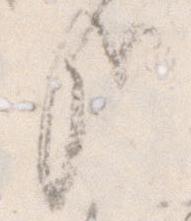
哉